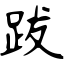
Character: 跋